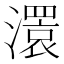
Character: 𤁆